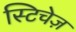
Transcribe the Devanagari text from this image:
स्टिचेज़